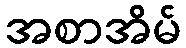
အစာအိမ်